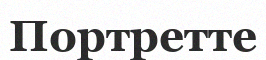
Портретте